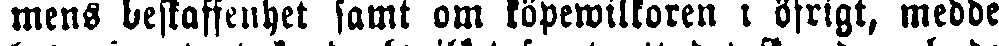
mens beskaffenhet samt om köpewilkoren i öfrigt, medde.